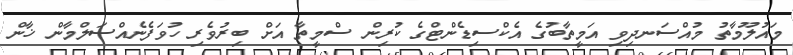
މައުލޫމާތު މުއްސަނދިވި އަމީތާބުގެ އެކްސިޑެންޓްގެ ކުރިން ސްމީތާ އަށް ބިރުވެރި ހުވަފެނެއްސަލްމާން ޚާން